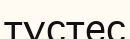
түстес